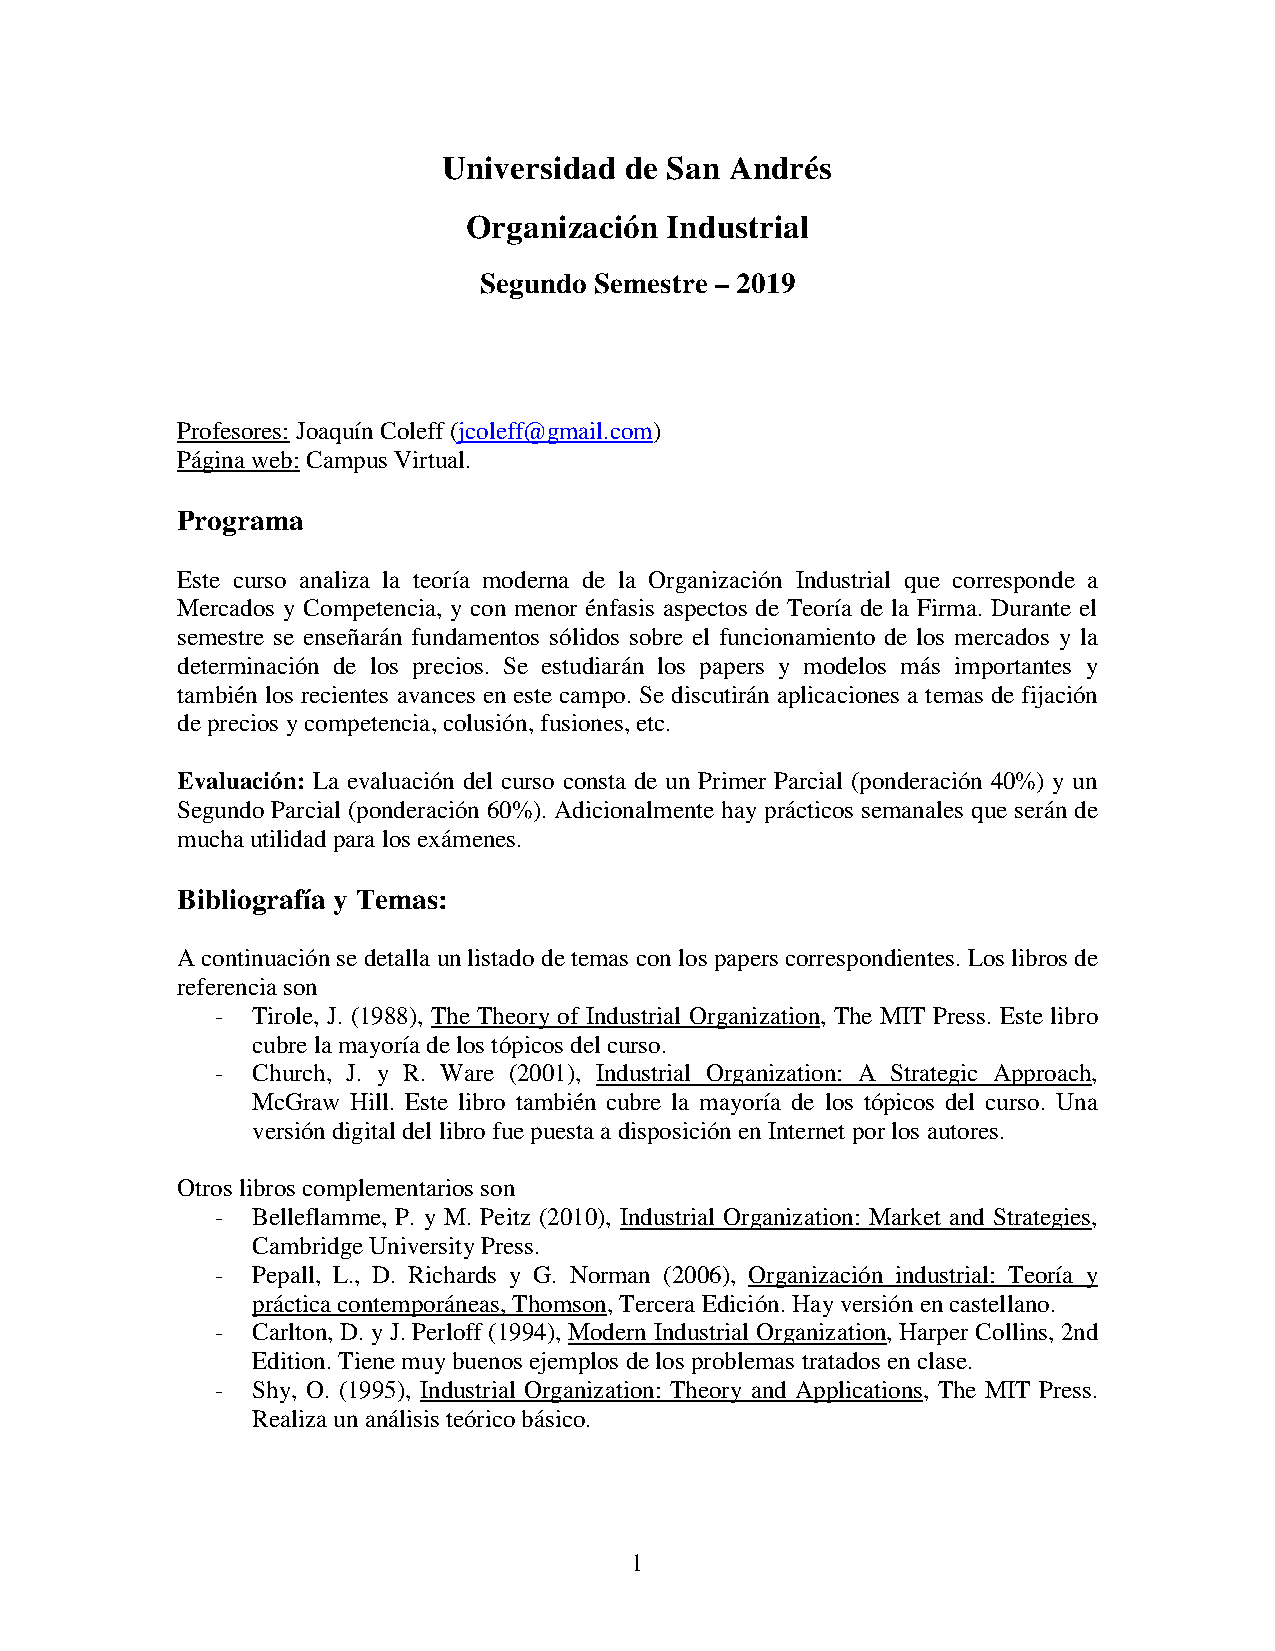
Universidad de San Andrés
 Organización Industrial
 Segundo Semestre – 2019
 Profesores: Joaquín Coleff (jcoleff@gmail.com)
 Página web: Campus Virtual.
 Programa
 Este curso analiza la teoría moderna de la Organización Industrial que corresponde a
 Mercados y Competencia, y con menor énfasis aspectos de Teoría de la Firma. Durante el
 semestre se enseñarán fundamentos sólidos sobre el funcionamiento de los mercados y la
 determinación de los precios. Se estudiarán los papers y modelos más importantes y
 también los recientes avances en este campo. Se discutirán aplicaciones a temas de fijación
 de precios y competencia, colusión, fusiones, etc.
 Evaluación: La evaluación del curso consta de un Primer Parcial (ponderación 40%) y un
 Segundo Parcial (ponderación 60%). Adicionalmente hay prácticos semanales que serán de
 mucha utilidad para los exámenes.
 Bibliografía y Temas:
 A continuación se detalla un listado de temas con los papers correspondientes. Los libros de
 referencia son
 -  Tirole, J. (1988), The Theory of Industrial Organization, The MIT Press. Este libro
 cubre la mayoría de los tópicos del curso.
 -  Church, J. y R. Ware (2001), Industrial Organization: A Strategic Approach,
 McGraw Hill. Este libro también cubre la mayoría de los tópicos del curso. Una
 versión digital del libro fue puesta a disposición en Internet por los autores.
 Otros libros complementarios son
 -  Belleflamme, P. y M. Peitz (2010), Industrial Organization: Market and Strategies,
 Cambridge University Press.
 -  Pepall, L., D. Richards y G. Norman (2006), Organización industrial: Teoría y
 práctica contemporáneas, Thomson, Tercera Edición. Hay versión en castellano.
 -  Carlton, D. y J. Perloff (1994), Modern Industrial Organization, Harper Collins, 2nd
 Edition. Tiene muy buenos ejemplos de los problemas tratados en clase.
 -  Shy, O. (1995), Industrial Organization: Theory and Applications, The MIT Press.
 Realiza un análisis teórico básico.
 1